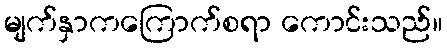
မျက်နှာကကြောက်စရာ ကောင်းသည်။